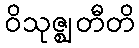
ဝိသုဇ္ဈတီတိ